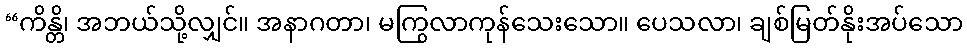
“ကိန္တိ၊ အဘယ်သို့လျှင်။ အနာဂတာ၊ မကြွလာကုန်သေးသော။ ပေသလာ၊ ချစ်မြတ်နိုးအပ်သော